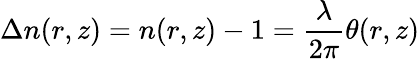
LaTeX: \Delta n(r,z)=n(r,z)-1=\frac{\lambda}{2\pi}\theta(r,z)